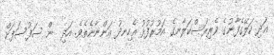
އަދި ކަލޭގެފާނުގެ ވެރިރަސްކަލާނގެ އަމުރުފުޅު އެހިނދު އަންނާނެތެވެ. އަދި  ން ސަފުސަފަށް